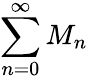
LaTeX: \sum_{n=0}^{\infty}M_{n}